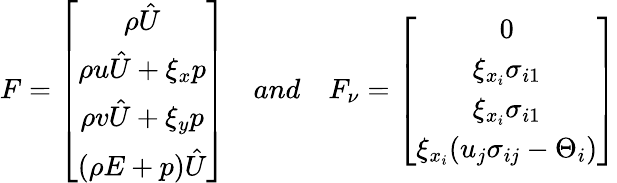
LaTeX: F=\left[\begin{array}{c}{\rho\hat{U}}\\ {\rho u\hat{U}+\xi_{x}p}\\ {\rho v\hat{U}+\xi_{y}p}\\ {(\rho E+p)\hat{U}}\end{array}\right]\quad and\quad F_{\nu}=\left[\begin{array}{c}{0}\\ {\xi_{x_{i}}\sigma_{i1}}\\ {\xi_{x_{i}}\sigma_{i1}}\\ {\xi_{x_{i}}(u_{j}\sigma_{ij}-\Theta_{i})}\end{array}\right]